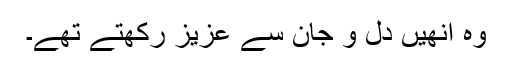
وہ انھیں دل و جان سے عزیز رکھتے تھے۔